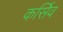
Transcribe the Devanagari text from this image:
कर्सिव